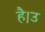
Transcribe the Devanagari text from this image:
है।उ